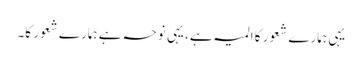
یہی ہمارے شعور کا المیہ ہے، یہی نوحہ ہے ہمارے شعور کا۔